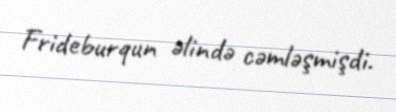
Frideburqun əlində cəmləşmişdi.